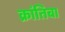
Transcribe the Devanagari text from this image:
क्रांतिबा